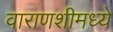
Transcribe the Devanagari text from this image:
वाराणशीमध्ये